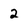
Character: 2